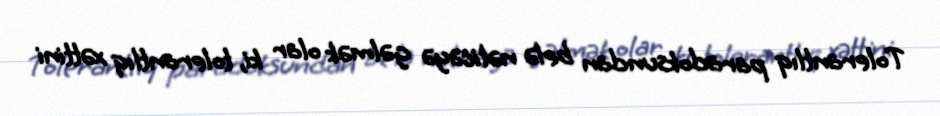
Tolerantlıq paradoksundan belə nəticəyə gəlmək olar ki, tolerantlıq xəttini